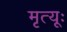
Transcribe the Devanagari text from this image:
मृत्यूः